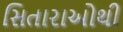
સિતારાઓથી